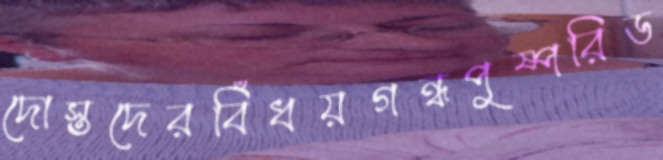
দোস্তদেরবিঁধয়গন্ধপুষ্পরিড